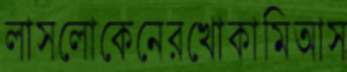
লাসলোকেনেরখোকামিআস